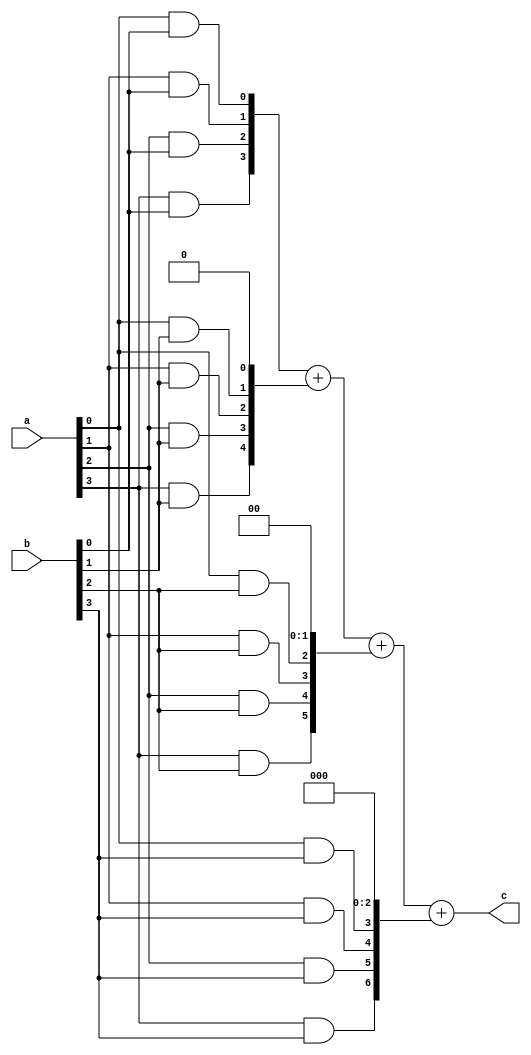
`timescale 1ns / 1ps
//////////////////////////////////////////////////////////////////////////////////
// Company: 
// Engineer: 
// 
// Design Name: 
// Module Name: eight
// Project Name: 
// Target Devices: 
// Tool Versions: 
// Description: 
// 
// Dependencies: 
// 
// Revision:
// Revision 0.01 - File Created
// Additional Comments:
// 
//////////////////////////////////////////////////////////////////////////////////


module eight(
    input [3:0]a,
    input [3:0]b,
    output reg [7:0]c
    );
    reg [7:0]j,k,l,m;
    always@(a,b)
    begin
    j={(a[3]&b[0]),(a[2]&b[0]),(a[1]&b[0]),(a[0]&b[0])};
    k={(a[3]&b[1]),(a[2]&b[1]),(a[1]&b[1]),(a[0]&b[1]),1'b0};
    l={(a[3]&b[2]),(a[2]&b[2]),(a[1]&b[2]),(a[0]&b[2]),1'b0,1'b0};
    m={(a[3]&b[3]),(a[2]&b[3]),(a[1]&b[3]),(a[0]&b[3]),1'b0,1'b0,1'b0};
    c=j+k+l+m;
    end
endmodule